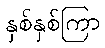
နှစ်နှစ်ကြာ